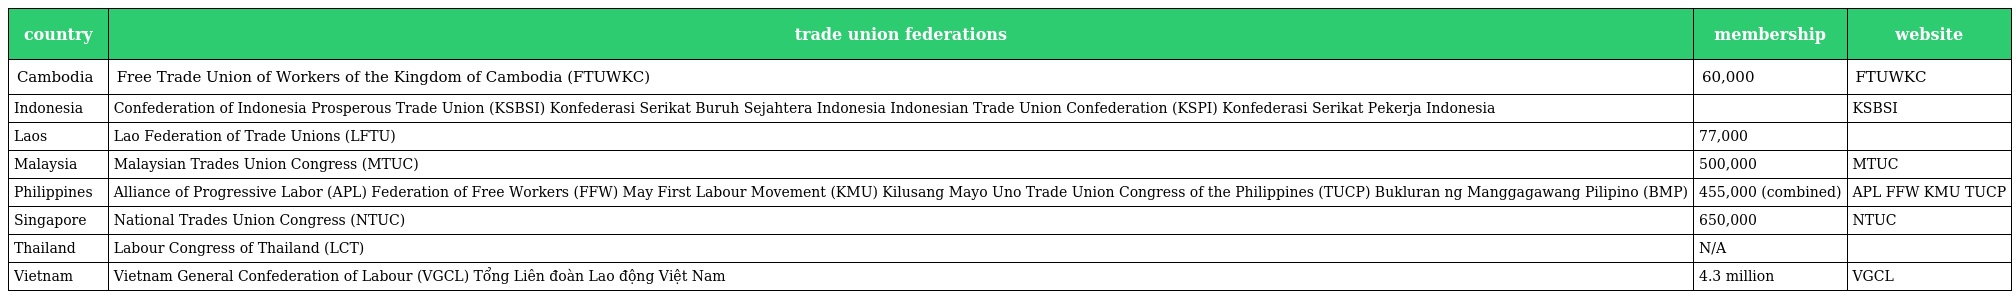
| country | trade union federations | membership | website |
 | --- | --- | --- | --- |
 | Cambodia | Free Trade Union of Workers of the Kingdom of Cambodia (FTUWKC) | 60,000 | FTUWKC |
 | Indonesia | Confederation of Indonesia Prosperous Trade Union (KSBSI) Konfederasi Serikat Buruh Sejahtera Indonesia Indonesian Trade Union Confederation (KSPI) Konfederasi Serikat Pekerja Indonesia |  | KSBSI |
 | Laos | Lao Federation of Trade Unions (LFTU) | 77,000 |  |
 | Malaysia | Malaysian Trades Union Congress (MTUC) | 500,000 | MTUC |
 | Philippines | Alliance of Progressive Labor (APL) Federation of Free Workers (FFW) May First Labour Movement (KMU) Kilusang Mayo Uno Trade Union Congress of the Philippines (TUCP) Bukluran ng Manggagawang Pilipino (BMP) | 455,000 (combined) | APL FFW KMU TUCP |
 | Singapore | National Trades Union Congress (NTUC) | 650,000 | NTUC |
 | Thailand | Labour Congress of Thailand (LCT) | N/A |  |
 | Vietnam | Vietnam General Confederation of Labour (VGCL) Tổng Liên đoàn Lao động Việt Nam | 4.3 million | VGCL |